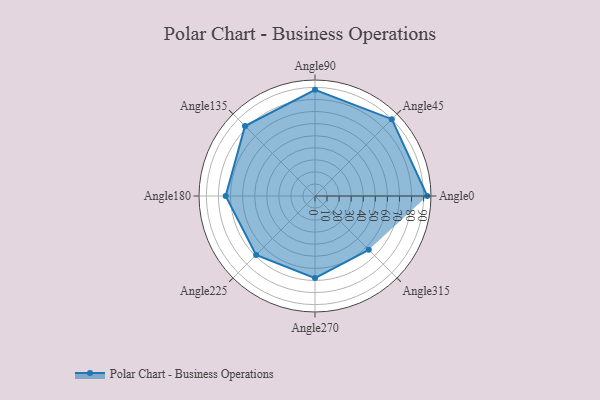
{"axis": {"x": "Angle", "y": "Radius"}, "legend": [""], "data": [{"x": "Angle0", "y": 93.0, "type": ""}, {"x": "Angle45", "y": 90.0, "type": ""}, {"x": "Angle90", "y": 88.0, "type": ""}, {"x": "Angle135", "y": 82.0, "type": ""}, {"x": "Angle180", "y": 74.0, "type": ""}, {"x": "Angle225", "y": 69.0, "type": ""}, {"x": "Angle270", "y": 68.0, "type": ""}, {"x": "Angle315", "y": 63.0, "type": ""}]}